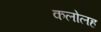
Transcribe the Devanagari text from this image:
कलोलह